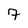
Character: 7